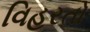
વિહરતો